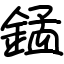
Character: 錳